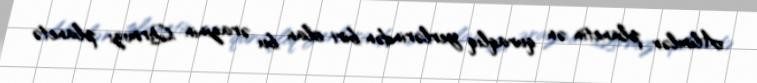
Alimlər planetin ən quraqlıq yerlərindən biri olan bu ərazinin Qırmızı planetə